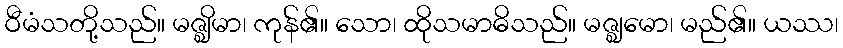
ဝီမံသတို့သည်။ မဇ္ဈိမာ၊ ကုန်၏။ သော၊ ထိုသမာဓိသည်။ မဇ္ဈမော၊ မည်၏။ ယဿ၊